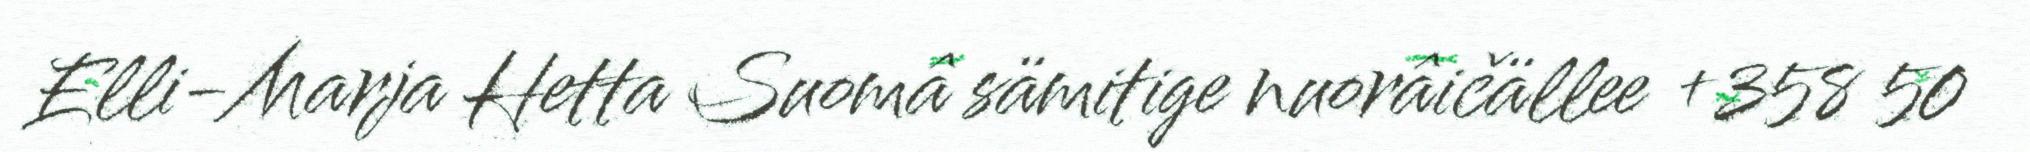
Elli-Marja Hetta Suomâ sämitige nuorâičällee +358 50